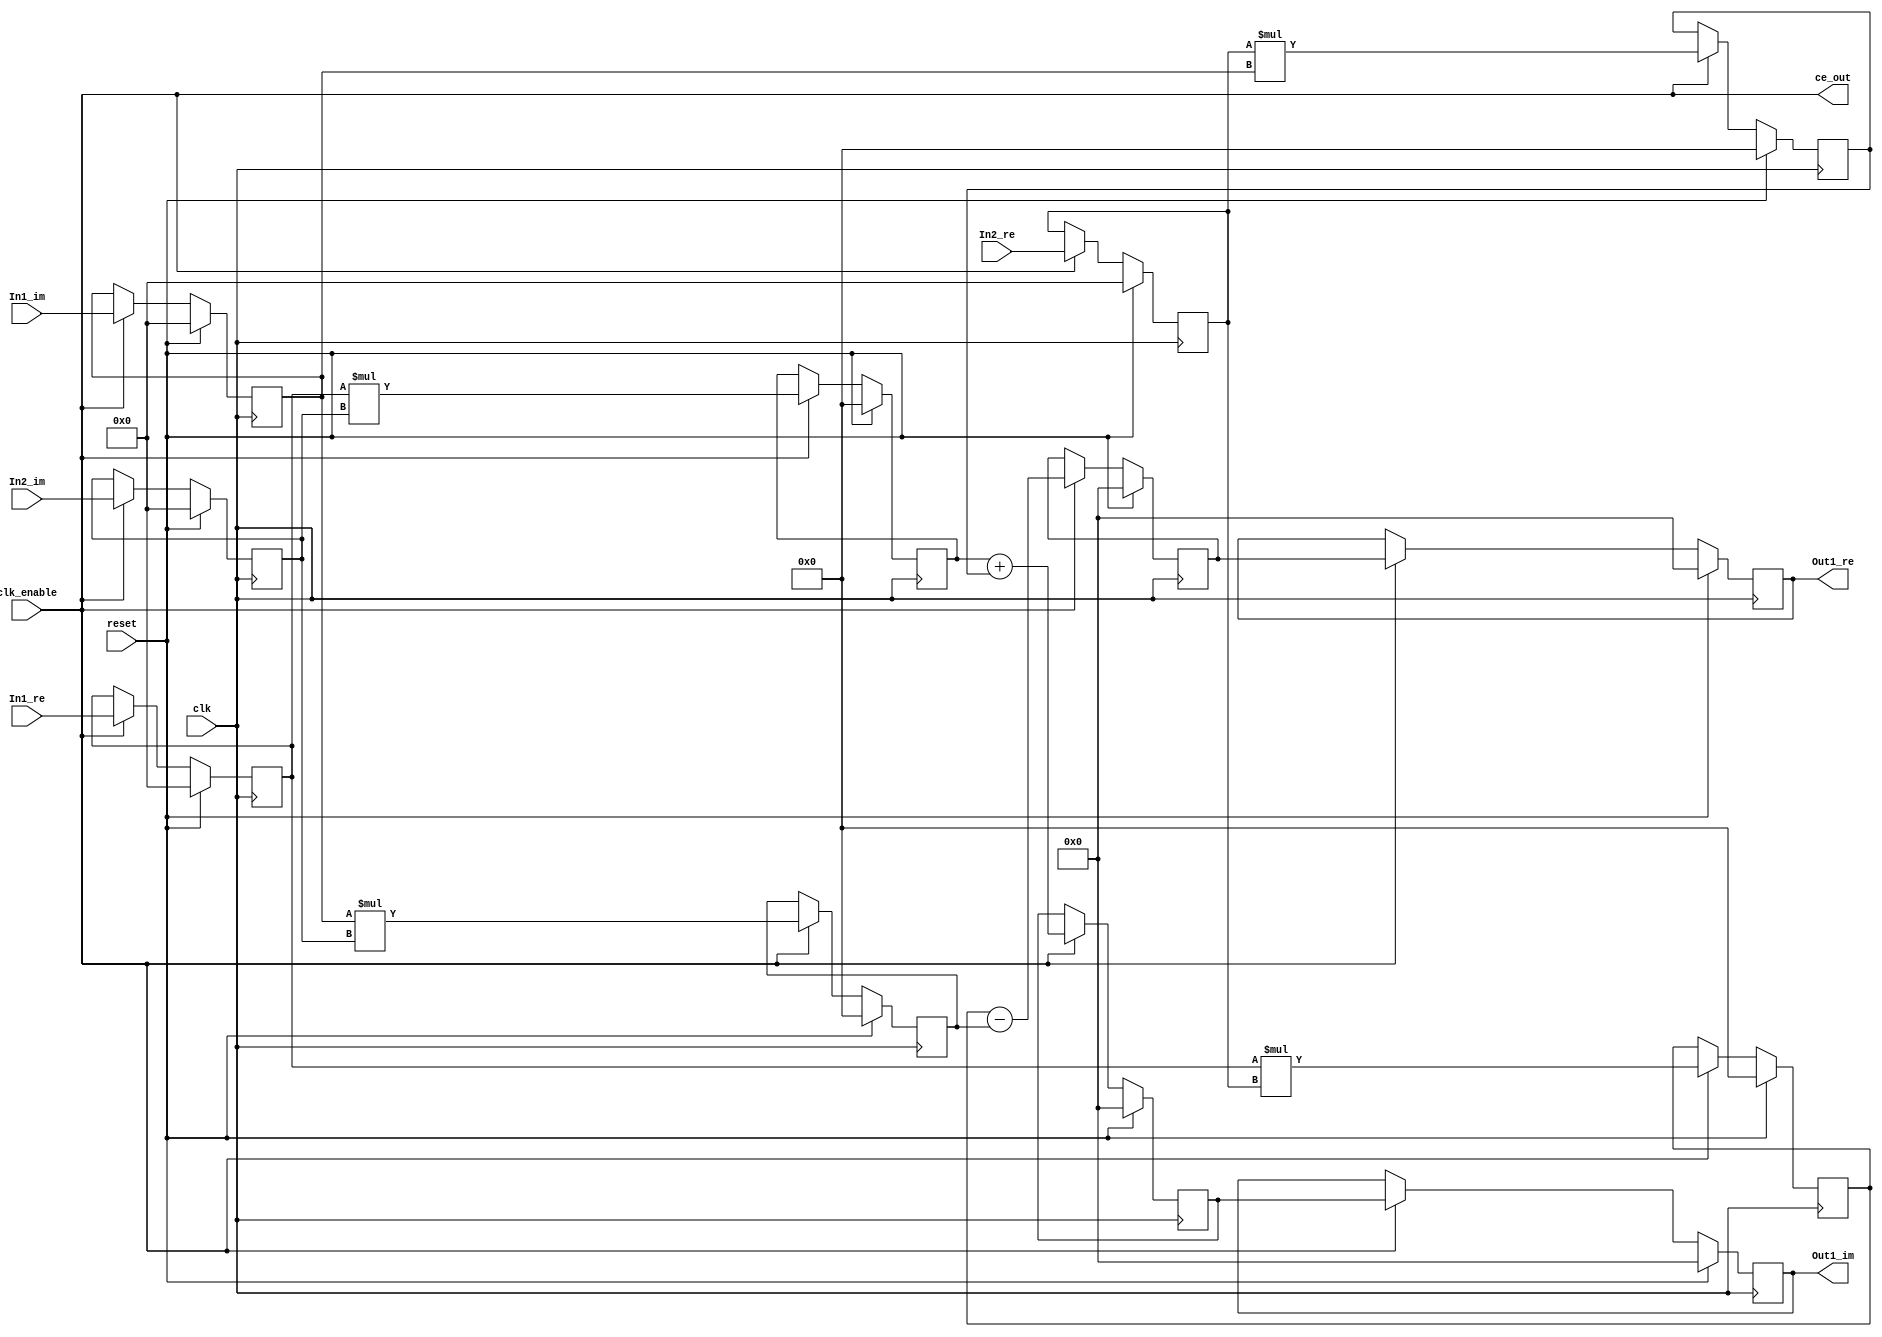
// -------------------------------------------------------------
// 
// 
// Generated by MATLAB 9.9 and HDL Coder 3.17
// 
// 
// -- -------------------------------------------------------------
// -- Rate and Clocking Details
// -- -------------------------------------------------------------
// Model base rate: 1e-06
// Target subsystem base rate: 1e-06
// 
// 
// Clock Enable  Sample Time
// -- -------------------------------------------------------------
// ce_out        1e-06
// -- -------------------------------------------------------------
// 
// 
// Output Signal                 Clock Enable  Sample Time
// -- -------------------------------------------------------------
// Out1_re                       ce_out        1e-06
// Out1_im                       ce_out        1e-06
// -- -------------------------------------------------------------
// 
// -------------------------------------------------------------


// -------------------------------------------------------------
// 
// Module: HDL_Complex_Multiplier
// Source Path: tutorial1_1/HDL_Complex_Multiplier
// Hierarchy Level: 0
// 
// -------------------------------------------------------------

`timescale 1 ns / 1 ns

module HDL_Complex_Multiplier
          (clk,
           reset,
           clk_enable,
           In1_re,
           In1_im,
           In2_re,
           In2_im,
           ce_out,
           Out1_re,
           Out1_im);


  input   clk;
  input   reset;
  input   clk_enable;
  input   signed [11:0] In1_re;  // sfix12_En8
  input   signed [11:0] In1_im;  // sfix12_En8
  input   signed [11:0] In2_re;  // sfix12_En8
  input   signed [11:0] In2_im;  // sfix12_En8
  output  ce_out;
  output  signed [24:0] Out1_re;  // sfix25_En16
  output  signed [24:0] Out1_im;  // sfix25_En16


  wire enb;
  reg signed [11:0] Delay_out1_re;  // sfix12_En8
  reg signed [11:0] Delay_out1_im;  // sfix12_En8
  reg signed [11:0] Delay1_out1_re;  // sfix12_En8
  reg signed [11:0] Delay1_out1_im;  // sfix12_En8
  wire signed [23:0] Product1_out1;  // sfix24_En16
  reg signed [23:0] Delay7_out1;  // sfix24_En16
  wire signed [23:0] Product_out1;  // sfix24_En16
  reg signed [23:0] Delay6_out1;  // sfix24_En16
  wire signed [24:0] Add_sub_cast;  // sfix25_En16
  wire signed [24:0] Add_sub_cast_1;  // sfix25_En16
  wire signed [24:0] Add_out1;  // sfix25_En16
  reg signed [24:0] Delay9_out1;  // sfix25_En16
  wire signed [23:0] Product2_out1;  // sfix24_En16
  reg signed [23:0] Delay3_out1;  // sfix24_En16
  wire signed [23:0] Product3_out1;  // sfix24_En16
  reg signed [23:0] Delay4_out1;  // sfix24_En16
  wire signed [24:0] Add1_add_cast;  // sfix25_En16
  wire signed [24:0] Add1_add_cast_1;  // sfix25_En16
  wire signed [24:0] Add1_out1;  // sfix25_En16
  reg signed [24:0] Delay8_out1;  // sfix25_En16
  reg signed [24:0] Delay5_out1_re;  // sfix25_En16
  reg signed [24:0] Delay5_out1_im;  // sfix25_En16


  assign enb = clk_enable;

  always @(posedge clk)
    begin : Delay_process
      if (reset == 1'b1) begin
        Delay_out1_re <= 12'sb000000000000;
        Delay_out1_im <= 12'sb000000000000;
      end
      else begin
        if (enb) begin
          Delay_out1_re <= In1_re;
          Delay_out1_im <= In1_im;
        end
      end
    end


  always @(posedge clk)
    begin : Delay1_process
      if (reset == 1'b1) begin
        Delay1_out1_re <= 12'sb000000000000;
        Delay1_out1_im <= 12'sb000000000000;
      end
      else begin
        if (enb) begin
          Delay1_out1_re <= In2_re;
          Delay1_out1_im <= In2_im;
        end
      end
    end


  assign Product1_out1 = Delay_out1_re * Delay1_out1_re;


  always @(posedge clk)
    begin : Delay7_process
      if (reset == 1'b1) begin
        Delay7_out1 <= 24'sb000000000000000000000000;
      end
      else begin
        if (enb) begin
          Delay7_out1 <= Product1_out1;
        end
      end
    end


  assign Product_out1 = Delay_out1_im * Delay1_out1_im;


  always @(posedge clk)
    begin : Delay6_process
      if (reset == 1'b1) begin
        Delay6_out1 <= 24'sb000000000000000000000000;
      end
      else begin
        if (enb) begin
          Delay6_out1 <= Product_out1;
        end
      end
    end


  assign Add_sub_cast = {Delay7_out1[23], Delay7_out1};
  assign Add_sub_cast_1 = {Delay6_out1[23], Delay6_out1};
  assign Add_out1 = Add_sub_cast - Add_sub_cast_1;


  always @(posedge clk)
    begin : Delay9_process
      if (reset == 1'b1) begin
        Delay9_out1 <= 25'sb0000000000000000000000000;
      end
      else begin
        if (enb) begin
          Delay9_out1 <= Add_out1;
        end
      end
    end


  assign Product2_out1 = Delay_out1_re * Delay1_out1_im;


  always @(posedge clk)
    begin : Delay3_process
      if (reset == 1'b1) begin
        Delay3_out1 <= 24'sb000000000000000000000000;
      end
      else begin
        if (enb) begin
          Delay3_out1 <= Product2_out1;
        end
      end
    end


  assign Product3_out1 = Delay1_out1_re * Delay_out1_im;


  always @(posedge clk)
    begin : Delay4_process
      if (reset == 1'b1) begin
        Delay4_out1 <= 24'sb000000000000000000000000;
      end
      else begin
        if (enb) begin
          Delay4_out1 <= Product3_out1;
        end
      end
    end


  assign Add1_add_cast = {Delay3_out1[23], Delay3_out1};
  assign Add1_add_cast_1 = {Delay4_out1[23], Delay4_out1};
  assign Add1_out1 = Add1_add_cast + Add1_add_cast_1;


  always @(posedge clk)
    begin : Delay8_process
      if (reset == 1'b1) begin
        Delay8_out1 <= 25'sb0000000000000000000000000;
      end
      else begin
        if (enb) begin
          Delay8_out1 <= Add1_out1;
        end
      end
    end


  always @(posedge clk)
    begin : Delay5_process
      if (reset == 1'b1) begin
        Delay5_out1_re <= 25'sb0000000000000000000000000;
        Delay5_out1_im <= 25'sb0000000000000000000000000;
      end
      else begin
        if (enb) begin
          Delay5_out1_re <= Delay9_out1;
          Delay5_out1_im <= Delay8_out1;
        end
      end
    end


  assign Out1_re = Delay5_out1_re;

  assign Out1_im = Delay5_out1_im;

  assign ce_out = clk_enable;

endmodule  // HDL_Complex_Multiplier